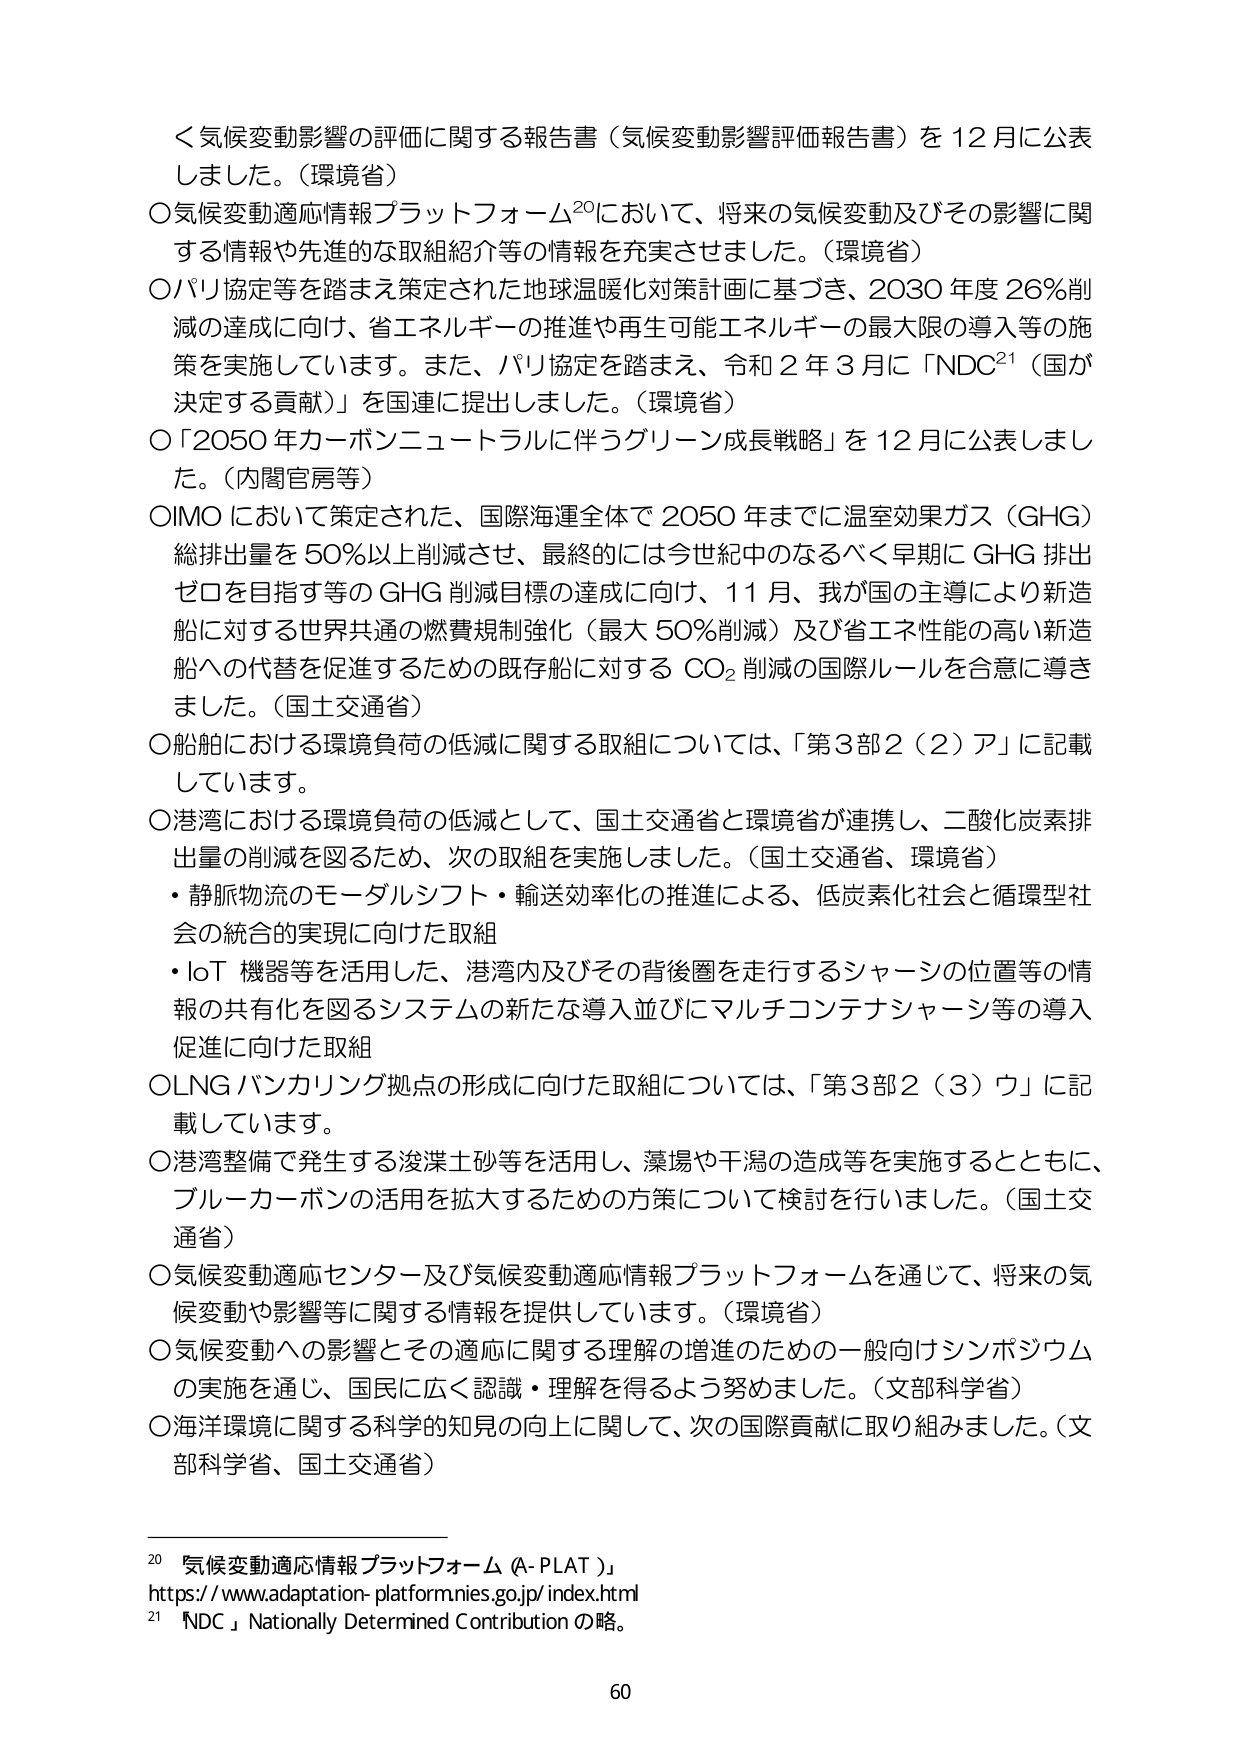
＜気候変動影響の評価に関する報告書（気候変動影響評価報告書）を12月に公表しました。（環境省）
○気候変動適応情報プラットフォーム²⁰において、将来の気候変動及びその影響に関する情報や先進的な取組紹介等の情報を充実させました。（環境省）
○パリ協定等を踏まえ策定された地球温暖化対策計画に基づき、2030年度26％削減の達成に向け、省エネルギーの推進や再生可能エネルギーの最大限の導入等の施策を実施しています。また、パリ協定を踏まえ、令和2年3月に「NDC²¹（国が決定する貢献）」を国連に提出しました。（環境省）
○「2050年カーボンニュートラルに伴うグリーン成長戦略」を12月に公表しました。（内閣官房等）
○IMOにおいて策定された、国際海運全体で2050年までに温室効果ガス（GHG）総排出量を50％以上削減させ、最終的には今世紀中となるべく早期にGHG排出ゼロを目指す等のGHG削減目標の達成に向け、11月、我が国の主導により新造船に対する世界共通の燃費規制強化（最大50％削減）及び省エネ性能の高い新造船への代替を促進するための既存船に対するCO₂削減の国際ルールを合意に導きました。（国土交通省）
○船舶における環境負荷の低減に関する取組については、「第3部2（2）ア」に記載しています。
○港湾における環境負荷の低減として、国土交通省と環境省が連携し、二酸化炭素排出量の削減を図るため、次の取組を実施しました。（国土交通省、環境省）
・静脈物流のモーダルシフト・輸送効率化の推進による、低炭素化社会と循環型社会の統合の実現に向けた取組
・IoT機器等を活用した、港湾内及びその背後圏を走行するシャーシの位置等の情報の共有化を図るシステムの新たな導入並びにマルチコンテナシャーシ等の導入促進に向けた取組
○LNGバンカリング拠点の形成に向けた取組については、「第3部2（3）ウ」に記載しています。
○港湾整備で発生する浚渫土砂等を活用し、藻場や干潟の造成等を実施するとともに、ブルーカーボンの活用を拡大するための方策について検討を行いました。（国土交通省）
○気候変動適応センター及び気候変動適応情報プラットフォームを通じて、将来の気候変動や影響等に関する情報を提供しています。（環境省）
○気候変動への影響とその適応に関する理解の増進のための一般向けシンポジウムの実施を通じ、国民に広く認識・理解を得るよう努めました。（文部科学省）
○海洋環境に関する科学的知見の向上に関して、次の国際貢献に取り組みました。（文部科学省、国土交通省）

²⁰ 気候変動適応情報プラットフォーム（A-PLAT）
https://www.adaptation-platformnies.go.jp/index.html
²¹ 「NDC」Nationally Determined Contributionの略。

60